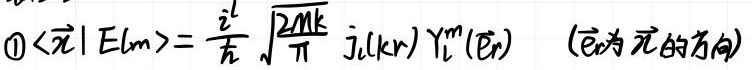
$\textcircled{1}\langle\vec{r}|Elm\rangle=\frac{i^{l}}{\hbar}\sqrt{\frac{2 \pi k}{\pi}} j_{l}(k r) Y_{l}^{m}(\hat{e}_{r}) \quad(\hat{e}_{r}为\vec{r}的方向)$